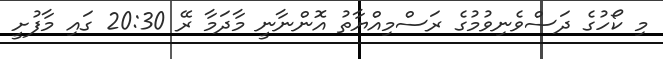
މި ކޯހުގެ ދަސްވެނިވުމުގެ ރަސްމިއްޔާތު އޮންނާނީ މާދަމާ ރޭ 20:30 ގައި މާފުށީ